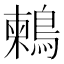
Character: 鶫